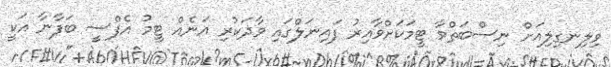
ވިލިނގިލިއަށް ނިސްބަތްވާ ޓީމަކަށްވާއިރު ފައިނަލްގައި ވާދަކުރި އަނެއް ޓީމު އެފްސީ ބަފާނާ އަކީ